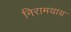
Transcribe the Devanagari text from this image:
निरामयाय